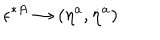
\epsilon ^ { * A } \to ( \eta ^ { a } , \dot { \eta } ^ { \dot { a } } )